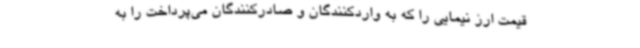
قیمت ارز نیمایی را که به واردکنندگان و صادرکنندگان می‌پرداخت را به